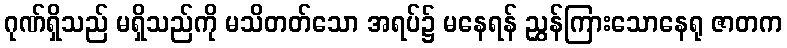
ဂုဏ်ရှိသည် မရှိသည်ကို မသိတတ်သော အရပ်၌ မနေရန် ညွှန်ကြားသောနေရု ဇာတက